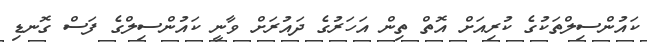
ކައުންސިލްތަކުގެ ކުރިއަށް އޮތް ތިން އަހަރުގެ ދައުރަށް ވާނީ ކައުންސިލްގެ ފަސް ގޮނޑި